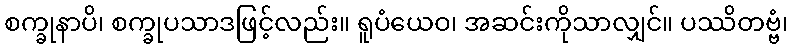
စက္ခုနာပိ၊ စက္ခုပသာဒဖြင့်လည်း။ ရူပံယေဝ၊ အဆင်းကိုသာလျှင်။ ပဿိတဗ္ဗံ၊